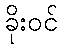
ခိုးဝင်